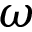
\omega